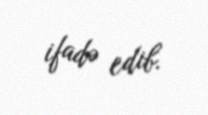
ifadə edib.